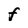
Character: f